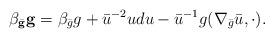
LaTeX: \begin{align*}\beta_{\bar {\mathbf{g}}} \mathbf {g} = \beta_{\bar g} g + \bar u^{-2} u du -\bar u^{-1} g(\nabla_{\bar g} \bar u, \cdot).\end{align*}